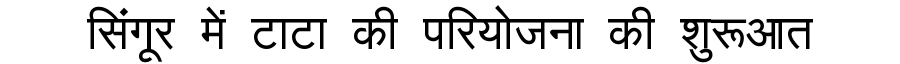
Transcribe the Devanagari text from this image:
सिंगूर में टाटा की परियोजना की शुरूआत